Indian journal of veterinary science and animal husbandry - Volumes 15-17, 1948-1951
Year: 1948
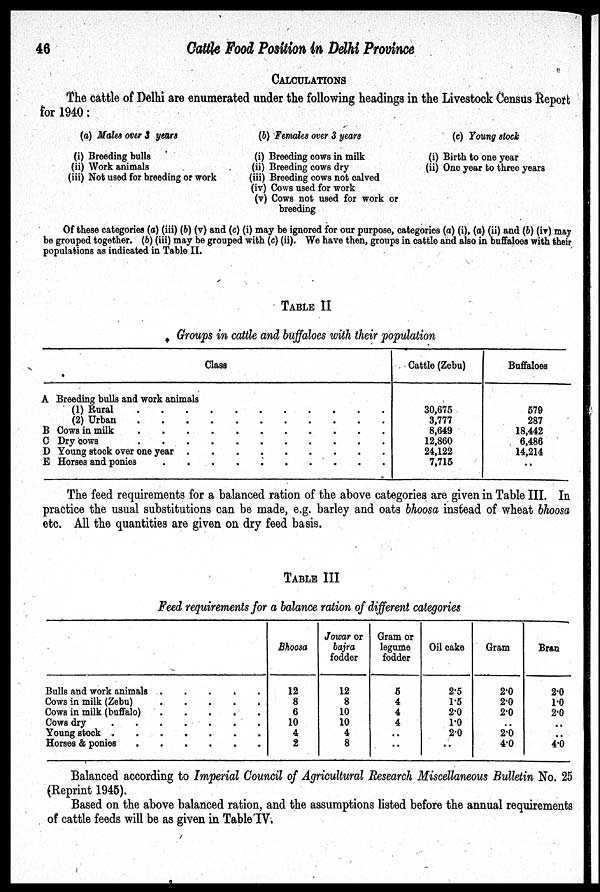
46
Cattle
Food Position in Delhi Province
CALCULATIONS
The cattle of Delhi are enumerated under the following headings in the Livestock Census Report
for 1940:
(a) Males over 3 years
(i) Breeding bulls
(ii) Work animals
(iii) Not used for breeding or work
(b) Females over 3 years
(i) Breeding cows in milk
(ii) Breeding cows dry
(iii) Breeding cows not calved
(iv) Cows used for work
(v) Cows not used for work or
breeding
(c) Young stock
(i) Birth to one year
(ii) One year to three years
Of these categories (a) (iii) (b) (v) and (c) (i) may be ignored for our purpose, categories (a) (i), (a) (ii) and (b) (iv) may
be grouped together. (b) (iii) may be grouped with (c) (ii). We have then, groups in cattle and also in buffaloes with their
populations as indicated in Table II.
TABLE II
Groups in cattle and buffaloes with their population
Class
A Breeding bulls and work animals
(1) Rural . . . . . . . . . . .
(2) Urban . . . . . . . . . . .
B Cows in milk . . . . . . . . . . .
C Dry oows . . . . . . . . . . .
D Young stock over one year . . . . . . . . .
E Horses and ponies . . . . . . . . . . .
Cattle (Zebu)
30,675
3,777
8,649
12,860
24,122
7,715
Buffaloes
579
287
18,442
6,486
14,214
..
The feed requirements for a balanced ration of the above categories are given in Table III. In
practice the usual substitutions can be made, e.g. barley and oats bhoosa instead of wheat bhoosa
etc. All the quantities are given on dry feed basis.
TABLE III
Feed requirements for a balance ration of different categories
Bulls and work animals
.
.
.
.
.
Cows in milk (Zebu) . . . . .
Cows in milk (buffalo) . . . . .
Cows dry
.
.
.
.
.
Young stock
.
.
.
.
.
Horses &
ponies
.
.
.
.
.
Bhoosa
12
8
6
10
4
2
Jowar or
bajra
fodder
12
8
10
10
4
8
Gram or
legume
fodder
6
4
4
4
..
..
Oil cake
2.5
1.5
2.0
1.0
2.0
..
Gram
2.0
2.0
2.0
..
2.0
4.0
Bran
2.0
1.0
2.0
..
..
4.0
Balanced according to Imperial Council of Agricultural Research Miscellaneous Bulletin No. 25
(Reprint 1945).
Based on the above balanced ration, and the assumptions listed before the annual requirements
of cattle feeds will be as given in Table IV.